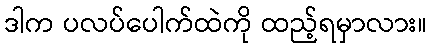
ဒါက ပလပ်ပေါက်ထဲကို ထည့်ရမှာလား။